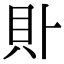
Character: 𧴤